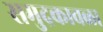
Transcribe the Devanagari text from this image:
समुद्रकावळा